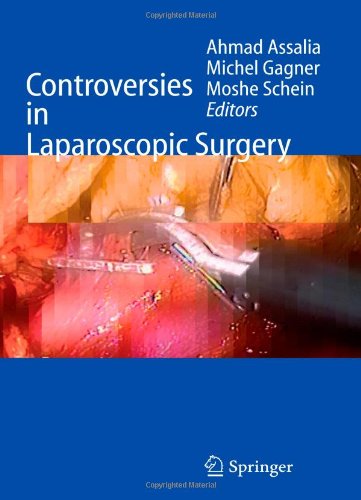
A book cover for Controversies in Laparoscopic Surgery; Medical Books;